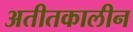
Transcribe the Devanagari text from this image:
अतीतकालीन